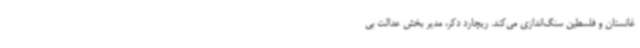
غانستان و فلسطین سنگ‌اندازی می‌کند. ریچارد دکر، مدیر بخش عدالت بی